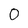
Character: 0